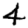
Digit: 4